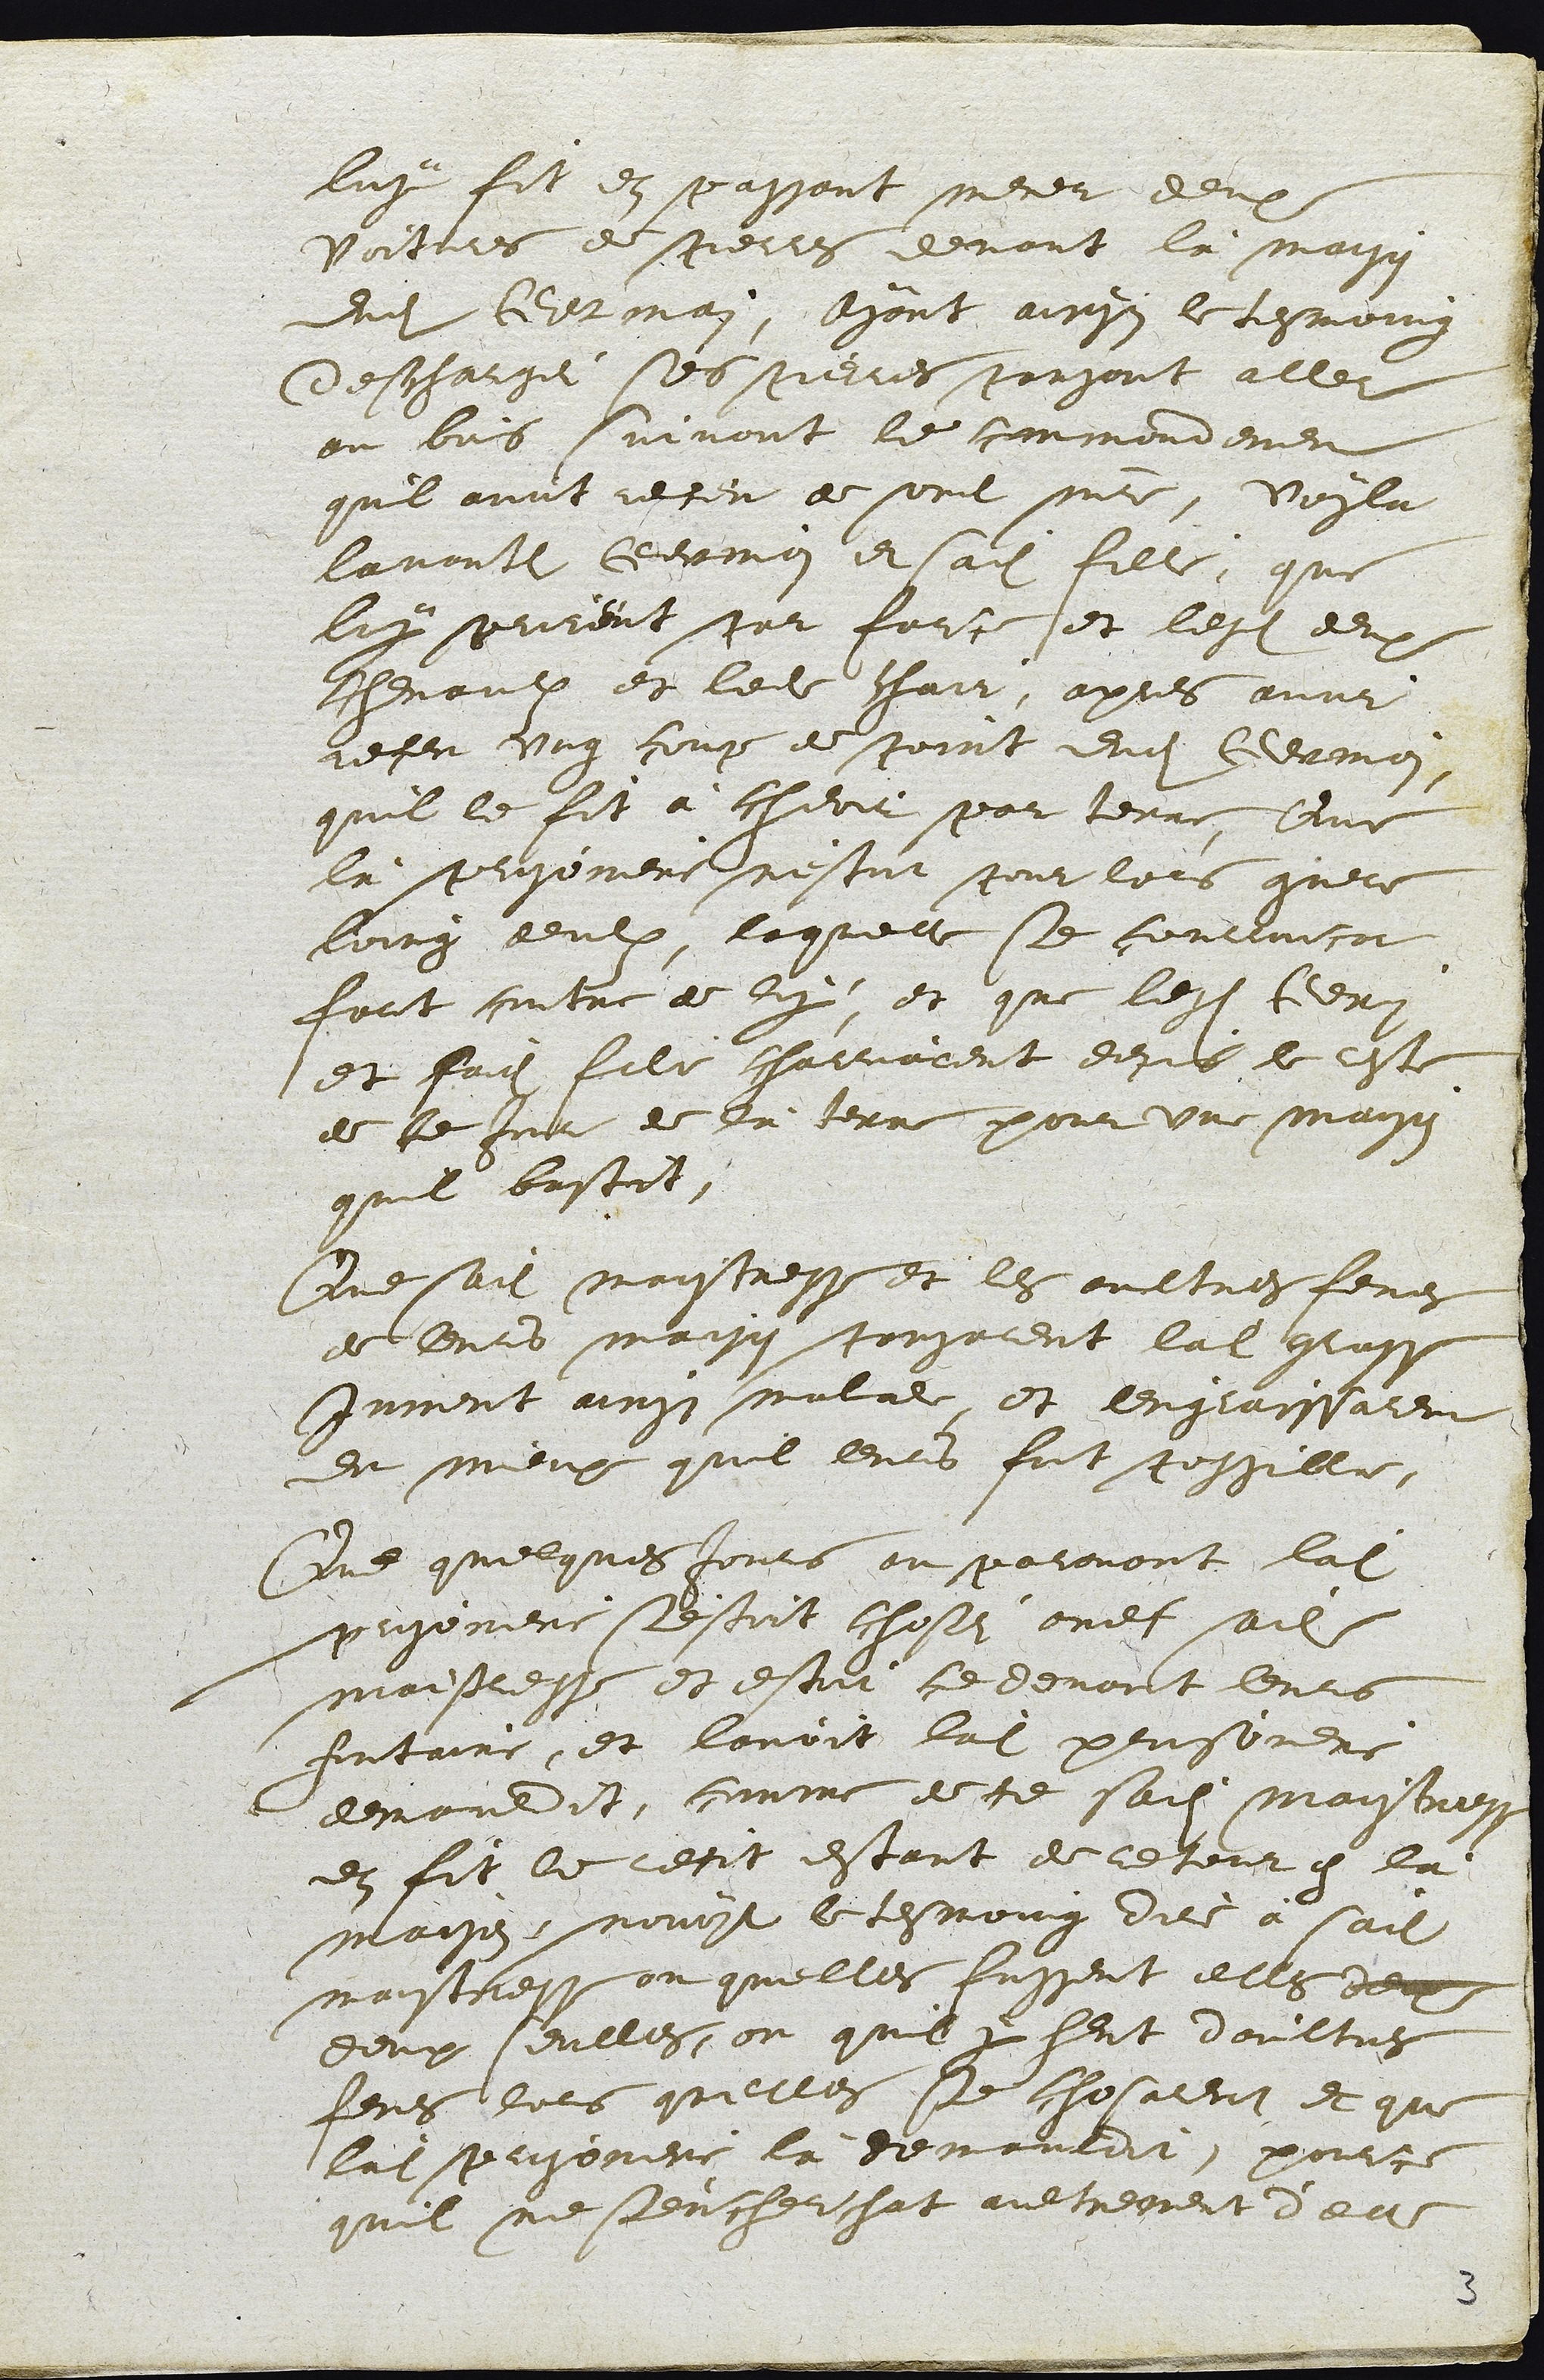
luy fit en passant mener deux
voitures de pierres devant là maison
dudit Germain, Ayant ainsy le tesmoing
deschargei ses pieres pansant aller
au bois suivant le commandement
quil avoit receu de sondit maitre, voyla
lavantdit Germain et sadite fille, que
luy prirent par force et lesdits deux
chevaux et ledit chair, apres avoir
receu ung coup de point dudit Germain,
quil le fit à cheoir par terre, Que
là prisoniere n'estoit pour lors guere
loing deulx, laquelle se courroucat
fort contre de luy, et que lesdits Germain
et sadite fille charriarent depuis le reste
de ce Jour de là terre pour une maison
quil bastit.
Que sadite maistresse et les aultres femes
de leurs maison pansarent ladite grosse
Jument ainsi malade, et l'engraissarent
du mieux quil leurs fut possible.
Que quelques Jours au paravant ladite
prisoniere s'estoit chosei avec sadite
maistresse et estoit ce devant leurs
fontaine, et l'avoit ladite prisoniere
demauldit, comme de ce sadite maistresse
en fit le recit estant de retour en là
maison, nouyt le tesmoing dire à sadite
maistresse ou quelles fussent elles deux
deux seulles, ou quil y heut d'aultres
femes lors quelles se chosarent et que
ladite prisoniere là demauldit, pource
quil ne s'encherchat aultrement d'elle